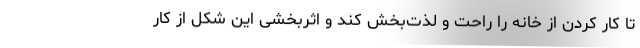
تا کار کردن از خانه را راحت و لذت‌بخش کند و اثربخشی این شکل از کار